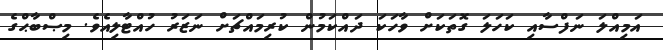
އަމިއްލަ ނަފްސާއި ކަހަލަ ގޮތަކަށް ވާހަކަ ދައްކަމުން ކުރިމައްޗަށް ނަޒަރު ހުއްޓާލިއެވެ. މިޞްބާޙްގެ